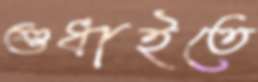
শুধাইতে